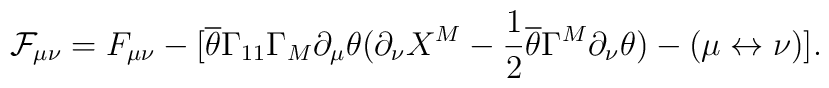
\mathcal{F}_{\mu\nu}=F_{\mu\nu}-[\overline{\theta}\Gamma_{11}\Gamma_M\partial_{\mu}\theta (\partial_{\nu}X^M-\frac{1}{2}\overline{\theta}\Gamma^M\partial_{\nu}\theta) -(\mu \leftrightarrow \nu ) ].